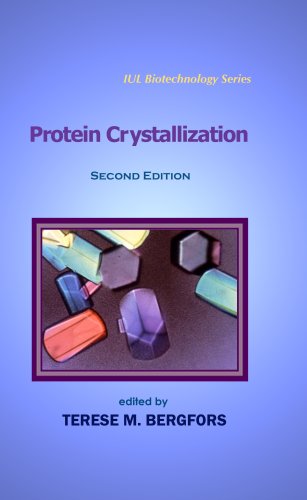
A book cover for Protein Crystallization, Second Edition (IUL Biotechnology Series); Science & Math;